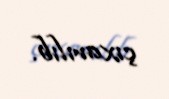
çıxarılıb.